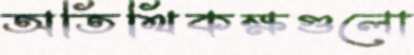
অতিথিকক্ষগুলো